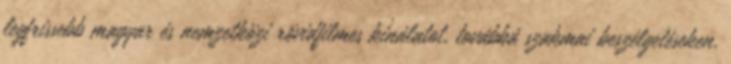
legfrissebb magyar és nemzetközi rövidfilmes kínálatot, továbbá szakmai beszélgetéseken,